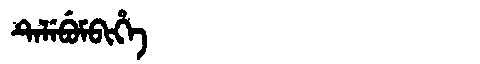
Manchu: ᡨᡝᠯᡝᠪᡠᠮᠪᡳᡥᡝ
Romanization: TELEBUMBIHE